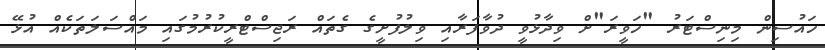
ހައުސިން މިނިސްޓަރު "ހަވީރަ"ށް ވިދާޅުވީ ދުވާފަރާއި ވިލުފުށީގެ ގެތައް ރަޖިސްޓްރީކުރުމުގައި މައްސަލަތަކެއް އުޅޭ